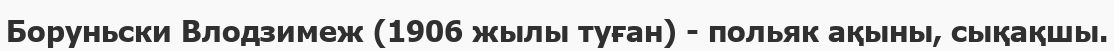
Боруньски Влодзимеж (1906 жылы туған) - польяк ақыны, сықақшы.